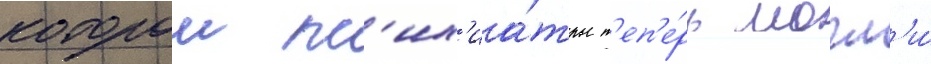
которои пс'их'иа́тры т'еп'е́рь могл'и́